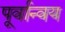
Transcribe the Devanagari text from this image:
पूर्वान्वय